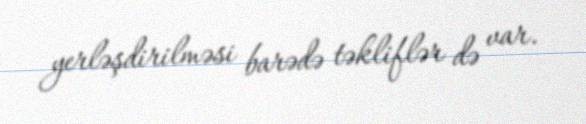
yerləşdirilməsi barədə təkliflər də var.